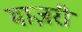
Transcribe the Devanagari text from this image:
माज़री